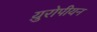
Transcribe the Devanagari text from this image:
य़ुरोपीयन